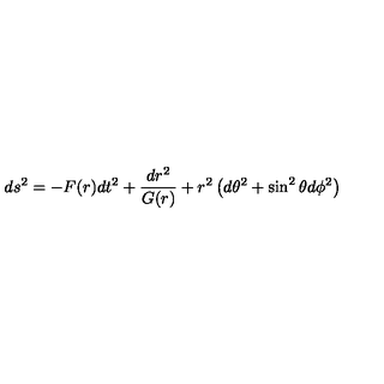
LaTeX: d s ^ { 2 } = - F ( r ) d t ^ { 2 } + \frac { d r ^ { 2 } } { G ( r ) } + r ^ { 2 } \left( d \theta ^ { 2 } + \sin ^ { 2 } \theta d \phi ^ { 2 } \right)